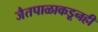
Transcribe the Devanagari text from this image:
जैतपाळाकडूनही